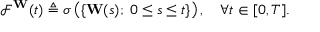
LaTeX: { \mathcal { F } } ^ { \mathbf { W } } ( t ) \triangleq \sigma \left( \{ \mathbf { W } ( s ) ; \; 0 \leq s \leq t \} \right) , \quad \forall t \in [ 0 , T ] .